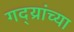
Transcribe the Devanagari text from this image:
गद्य्रांच्या